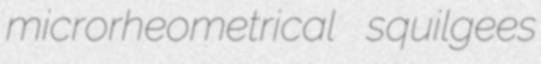
microrheometrical squilgees